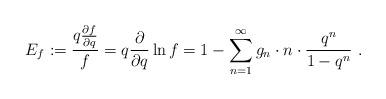
LaTeX: \begin{align*} E_f:= \frac{q\frac{\partial f}{\partial q}}{f}=q\frac{\partial}{\partial q}\ln f=1-\sum_{n=1}^\infty g_n \cdot n \cdot\frac{q^n}{1-q^n} \ .\end{align*}